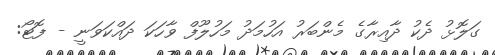
ގަލޮޅު ދެކު ދާއިރާގެ މެންބަރު އަހުމަދު މަހުލޫފް ވާހަކަ ދައްކަވަނީ - ފޮޓޯ: